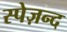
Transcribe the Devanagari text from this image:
स्पेज़न्द